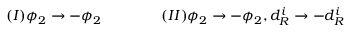
( I ) \phi _ { 2 } \rightarrow - \phi _ { 2 } \qquad \qquad ( I I ) \phi _ { 2 } \rightarrow - \phi _ { 2 } , d _ { R } ^ { i } \rightarrow - d _ { R } ^ { i }